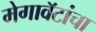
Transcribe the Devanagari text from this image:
मेगावॅटांचा